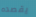
يقصده